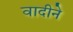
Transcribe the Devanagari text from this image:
वादीने